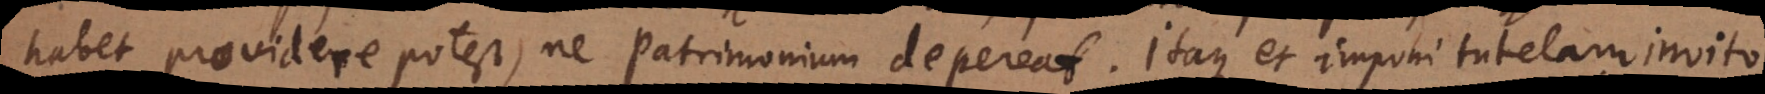
habet providere potest, ne Patrimonium depereat. Itaque et imponi tutelam invito